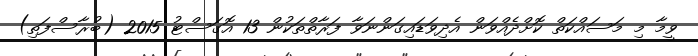
ވީމާ މި މަސައްކަތް ކޮށްދެއްވަން އެދިވަޑައިގަންނަވާ ފަރާތްތަކުން 13 އޮގަސްޓު 2015 (ބުރާސްފަތި)